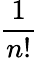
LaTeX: \frac{1}{n!}